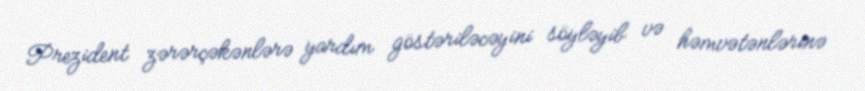
Prezident zərərçəkənlərə yardım göstəriləcəyini söyləyib və həmvətənlərinə